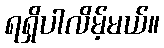
ရရှိပါလိမ့်မယ်။